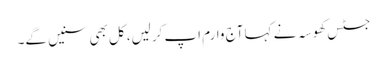
جسٹس کھوسہ نے کہا آج وارم اپ کرلیں، کل بھی سنیں گے۔